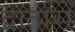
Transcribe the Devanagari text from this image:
दार्तारों